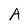
Character: A